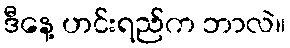
ဒီနေ့ ဟင်းရည်က ဘာလဲ။